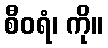
စီဝရံ၊ ကို။